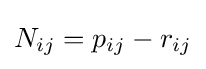
N_{ij}=p_{ij}-r_{ij}